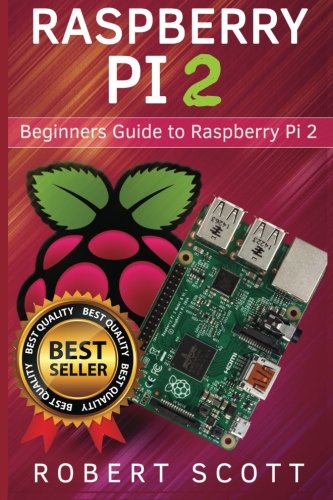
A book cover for Raspberry Pi 2: Raspberry Pi 2 User Guide for Operating system, Programming, Projects and More! (html, projects, php, programming, robots, java, microsoft); Robert Scott; Computers & Technology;